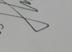
Signature authenticity: genuine